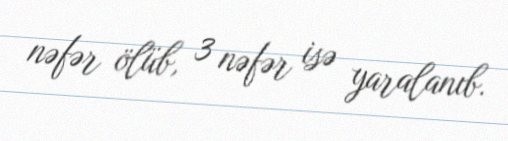
nəfər ölüb, 3 nəfər isə yaralanıb.